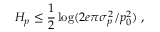
H _ { p } \leq { \frac { 1 } { 2 } } \log ( 2 e \pi \sigma _ { p } ^ { 2 } / p _ { 0 } ^ { 2 } ) ~ ,